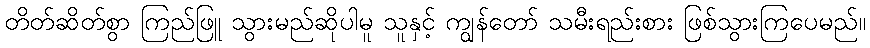
တိတ်ဆိတ်စွာ ကြည်ဖြူ သွားမည်ဆိုပါမူ သူနှင့် ကျွန်တော် သမီးရည်းစား ဖြစ်သွားကြပေမည်။